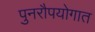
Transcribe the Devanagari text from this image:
पुनरौपयोगात